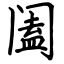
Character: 阖